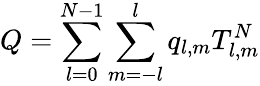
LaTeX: Q=\sum_{l=0}^{N-1}\sum_{m=-l}^{l}q_{l,m}T_{l,m}^{N}